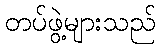
တပ်ဖွဲ့များသည်